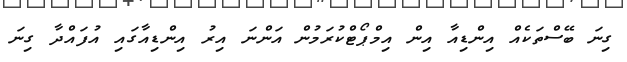
ގިނަ ބޭސްތަކެއް އިންޑިއާ އިން އިމްޕޯޓްކުރަމުން އަންނަ އިރު އިންޑިއާގައި އުފައްދާ ގިނަ